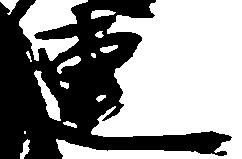
連